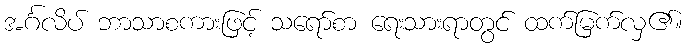
အင်္ဂလိပ် ဘာသာစကားဖြင့် သရော်စာ ရေးသားရာတွင် ထက်မြက်လှ၏။